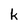
Character: k